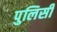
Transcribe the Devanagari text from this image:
पुलिसी